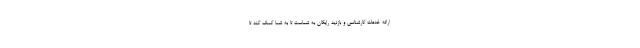
ارائه خدمات کارشناسی و بازدید رایگان به شماست تا به شما کمک کند تا